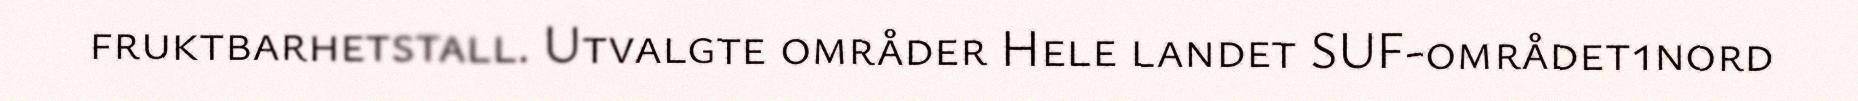
fruktbarhetstall. Utvalgte områder Hele landet SUF-området1nord